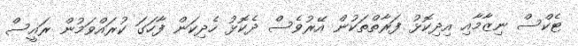
ޓެކްސް ނިޒާމާއި އިދިކޮޅު ފަރާތްތަކުން އޭރުވެސް ދެކޮޅު ހެދިކަން ފާހަގަ ކުރައްވަމުން ރައީސް